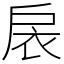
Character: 扆